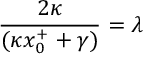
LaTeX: { \frac { 2 \kappa } { ( \kappa x _ { 0 } ^ { + } + \gamma ) } } = \lambda